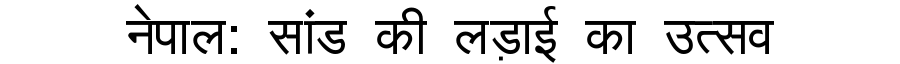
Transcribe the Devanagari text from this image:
नेपाल: सांड की लड़ाई का उत्सव